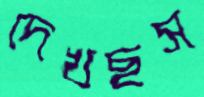
দেখছস